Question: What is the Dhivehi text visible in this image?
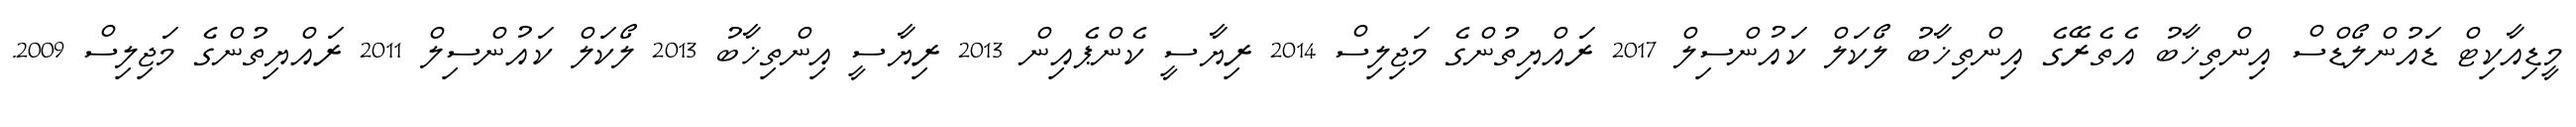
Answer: މީޑިއާކިޓް ޑައުންލޯޑްސް އިންތިޚާބު އެތެރޭގެ އިންތިޚާބު ލޯކަލް ކައުންސިލް 2017 ރައްޔިތުންގެ މަޖިލިސް 2014 ރިޔާސީ ކެންޕެއިން 2013 ރިޔާސީ އިންތިޚާބު 2013 ލޯކަލް ކައުންސިލް 2011 ރައްޔިތުންގެ މަޖިލިސް 2009.